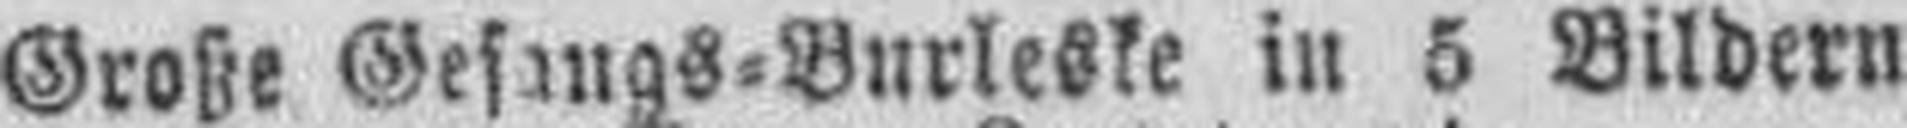
Große Gefang=Burleske in 5 Bildern